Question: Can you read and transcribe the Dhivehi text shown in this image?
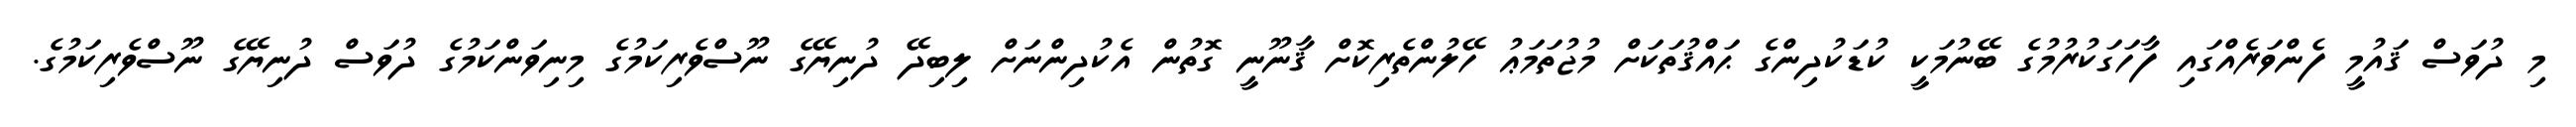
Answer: މި ދުވަސް ޤައުމީ ފެންވަރެއްގައި ފާހަގަކުރުމުގެ ބޭނުމަކީ ކުޑަކުދިންގެ ޙައްޤުތަކަށް މުޖުތަމަޢު ހޭލުންތެރިކޮށް ޤާނޫނީ ގޮތުން އެކުދިންނަށް ލިބިދޭ ދުނިޔޭގެ ނޫސްވެރިކަމުގެ މިނިވަންކަމުގެ ދުވަސް ދުނިޔޭގެ ނޫސްވެރިކަމުގެ.